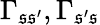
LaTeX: \Gamma_{\mathfrak{s}\mathfrak{s}^{\prime}},\Gamma_{\mathfrak{s}^{\prime}\mathfrak{s}}